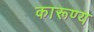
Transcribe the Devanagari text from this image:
कारूण्य